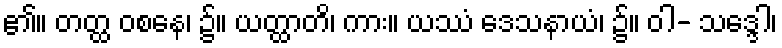
၏။ တတ္ထ ဝစနေ၊ ၌။ ယတ္ထာတိ၊ ကား။ ယဿံ ဒေသနာယံ၊ ၌။ ဝါ- သဒ္ဒေါ၊